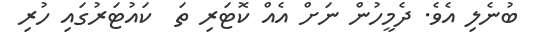
ބުނެލި އެވެ. ދެމީހުން ނަށް އެއް ކޮޓަރި ތަ  ކައުޓަރުގައި ހުރި